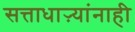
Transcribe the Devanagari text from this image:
सत्ताधाऱ्यांनाही